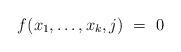
LaTeX: \begin{align*}f(x_1, \ldots, x_k, j) \ = \ 0\end{align*}